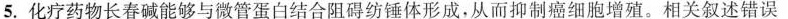
5.化疗药物长春碱能够与微管蛋白结合阻碍纺锤体形成。从而抑制癌细胞增殖。相关叙述错误